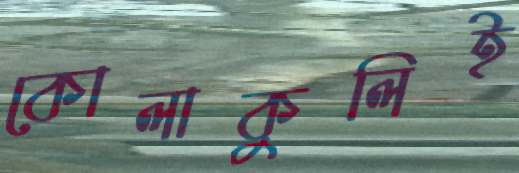
কোলাকুলিই